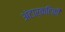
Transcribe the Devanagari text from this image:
अंटार्कटिकी